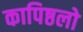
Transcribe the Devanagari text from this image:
कापिष्ठलो